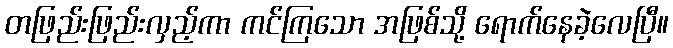
တဖြည်းဖြည်းလှည့်ကာ ကင်ကြသော အဖြစ်သို့ ရောက်နေခဲ့လေပြီ။